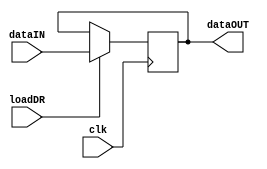
//author - Chathura Jayasankha Gamage

module regDR
#(parameter dataWidth = 16)
(
input clk,
input loadDR,
input [dataWidth-1:0] dataIN,
output reg [dataWidth-1:0] dataOUT
);

always@(negedge clk)
begin
if (loadDR)
	dataOUT<=dataIN;
end

endmodule